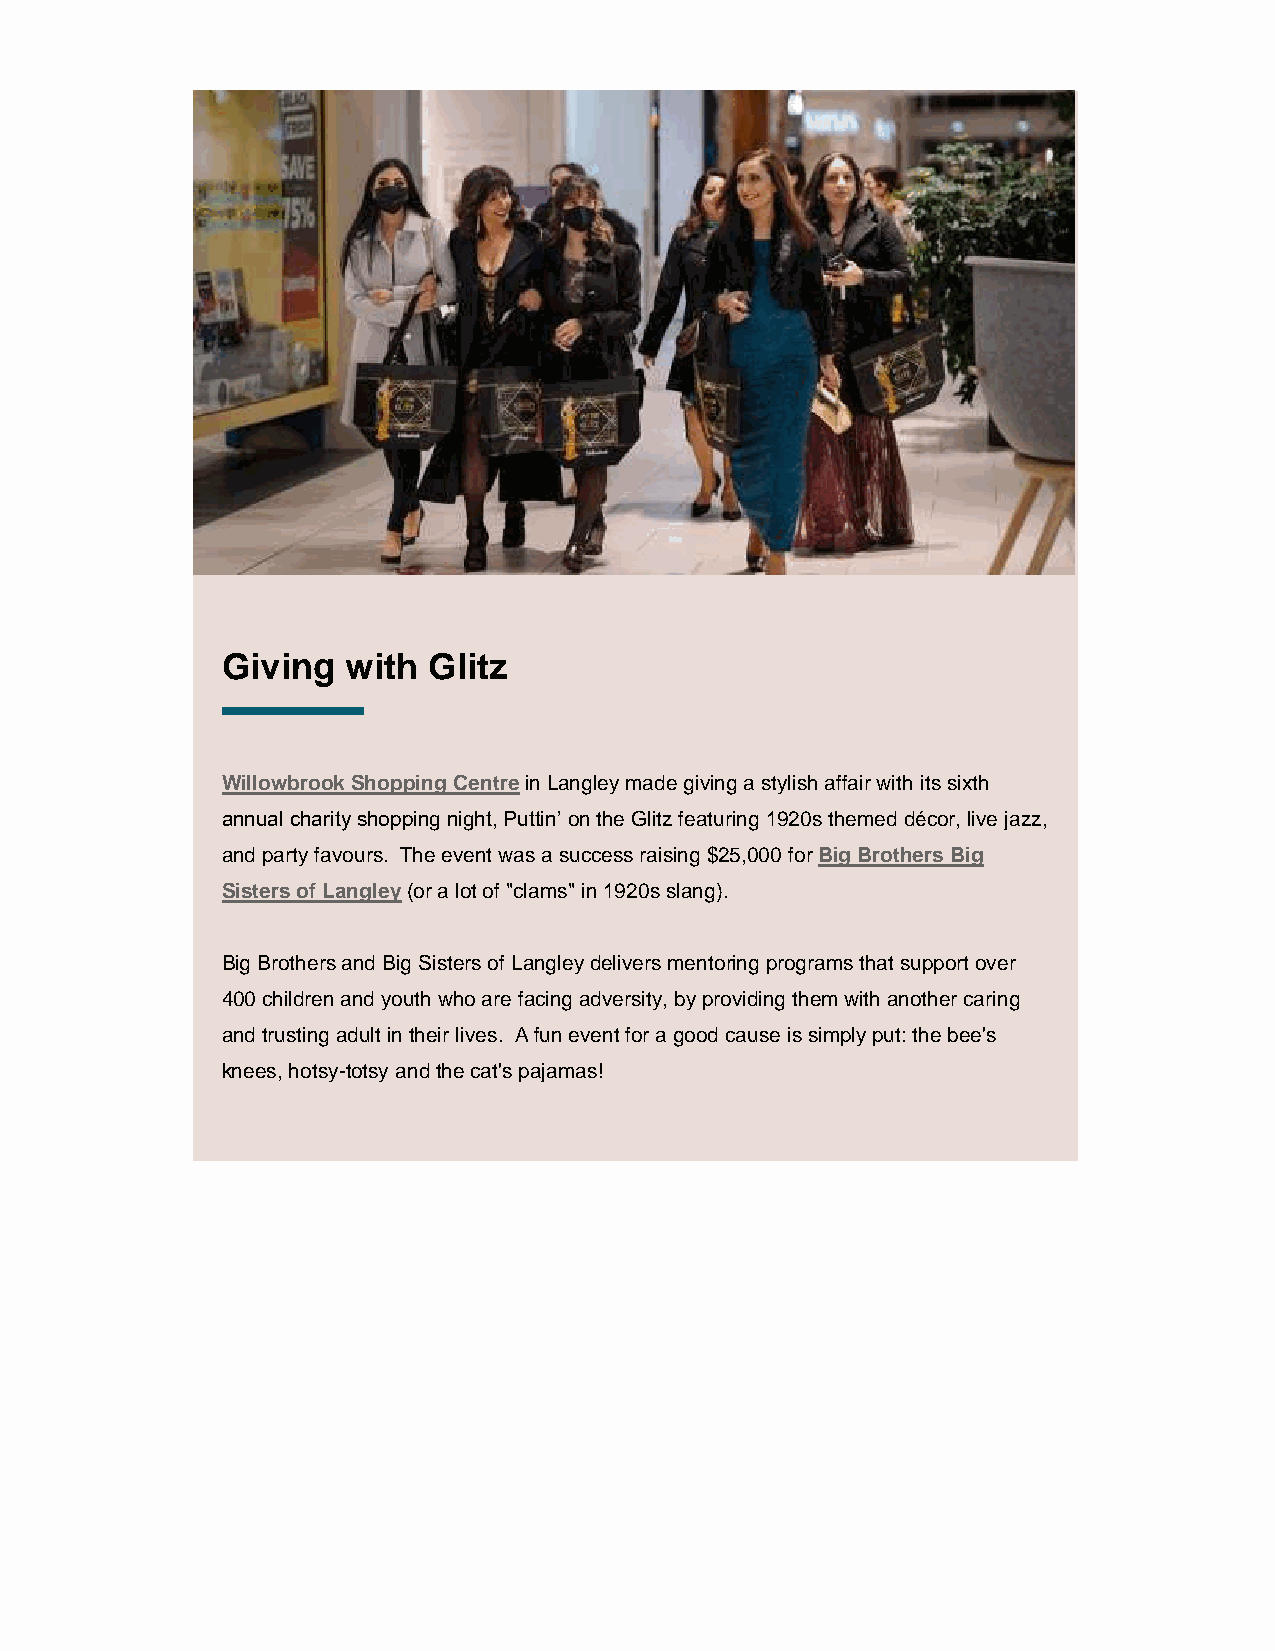
Giving  with Glitz
 --------------------------------------------------------------------
 Willowbrook Shopping Centre in Langley made giving a stylish affair with its sixth
 annual charity shopping night, Puttin’ on the Glitz featuring 1920s themed décor, live jazz,
 and party favours. The event was a success raising $25,000 for Big Brothers Big
 Sisters of Langley (or a lot of "clams" in 1920s slang).
 Big Brothers and Big Sisters of Langley delivers mentoring programs that support over
 400 children and youth who are facing adversity, by providing them with another caring
 and trusting adult in their lives. A fun event for a good cause is simply put: the bee's
 knees, hotsy-totsy and the cat's pajamas!